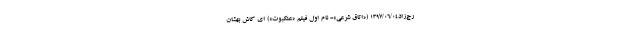
رج‌زاد۱۳۹۷/۰۶/۰۴ («اتاق شرعی»- نام اول فیلم «عنکبوت») ای کاش بهشان